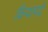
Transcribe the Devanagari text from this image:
क्रियापदें